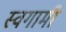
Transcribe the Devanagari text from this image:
स्वगामी